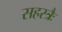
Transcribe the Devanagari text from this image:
सहस्त्रैः